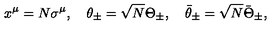
x ^ { \mu } = N \sigma ^ { \mu } , \quad \theta _ { \pm } = \sqrt { N } \Theta _ { \pm } , \quad \bar { \theta } _ { \pm } = \sqrt { N } \bar { \Theta } _ { \pm } ,